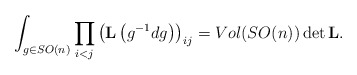
\begin{align*}\int_{g\in SO(n)}\prod_{i<j}\left({\bf L}\left(g^{-1}dg\right)\right)_{ij} =Vol(SO(n)) \det {\bf L}.\end{align*}